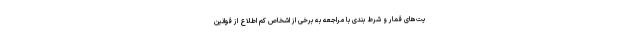
یت‌های قمار و شرط بندی با مراجعه به برخی از اشخاص کم اطلاع از قوانین